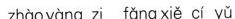
zhao yang zi fang xie ci yu